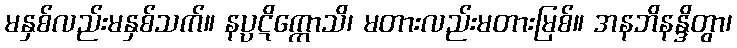
မနှစ်လည်းမနှစ်သက်။ နပ္ပဋိက္ကောသိ၊ မတားလည်းမတားမြစ်။ အနဘိနန္ဒိတွာ၊